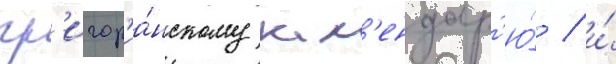
гр'игор'иа́нскому кал'ендар'ю́ / и́